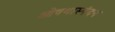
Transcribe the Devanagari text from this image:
ओषथास्पंदन